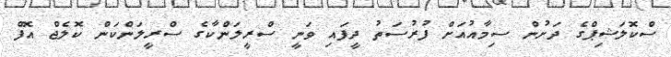
ސްކޮލަޝިޕްގެ ދަށުން ސިމާއުއަށް ފުރުސަތު ދީފައި ވަނީ ސްރީލަންކާގެ ސްރީލަންކަން ކޮލެޖް އޮފް